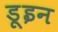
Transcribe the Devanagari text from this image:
डूइन